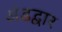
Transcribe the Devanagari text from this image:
अंडद्वार